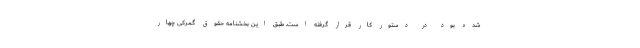
شده بود در دستور کار قرار گرفته است. طبق این بخشنامه حقوق گمرکی چهار